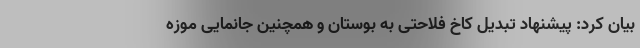
بیان کرد: پیشنهاد تبدیل کاخ فلاحتی به بوستان و همچنین جانمایی موزه